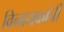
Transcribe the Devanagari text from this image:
विनायकांची